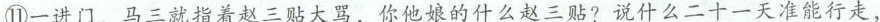
⑪一进门，马三就指着赵三贴大骂，你他娘的什么赵三贴?说什么二十一天准能行走，